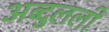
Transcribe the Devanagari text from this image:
अब्दुलली